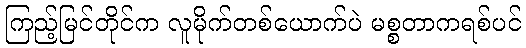
ကြည့်မြင်တိုင်က လူမိုက်တစ်ယောက်ပဲ မစ္စတာကရစ်ပင်